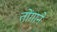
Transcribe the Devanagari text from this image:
तोंगाने